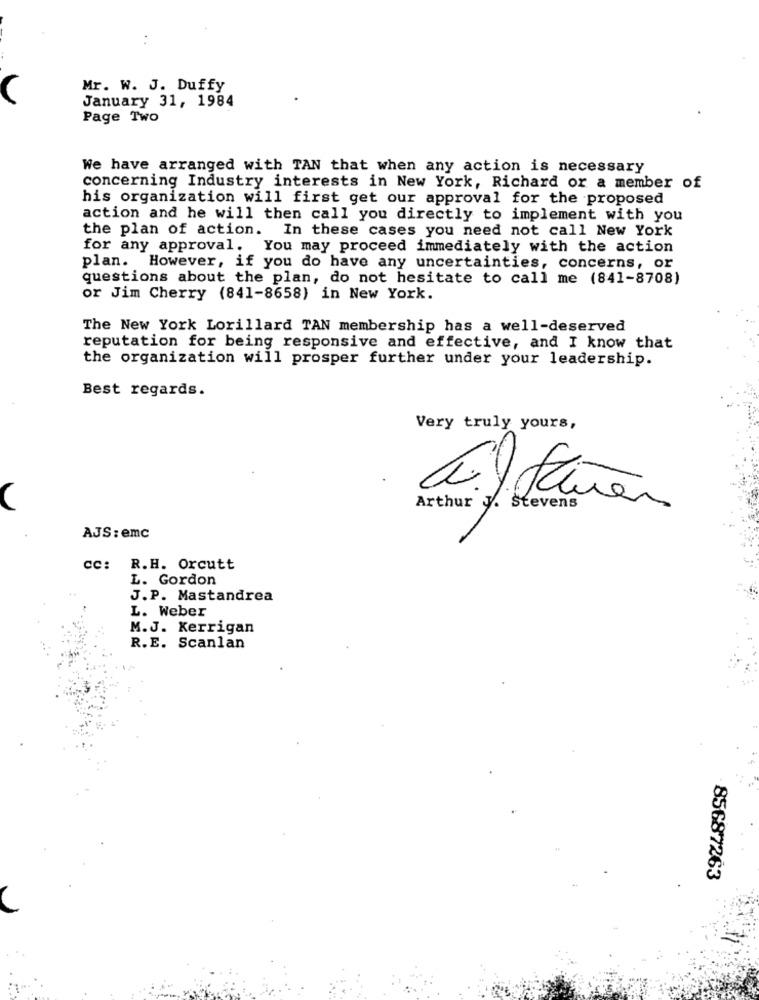
Mr. W. J. Duffy
January 31, 1984
Page Two
We have arranged with TAN that when any action is necessary
concerning Industry interests in New York, Richard or a member of
his organization will first get our approval for the proposed
action and he will then call you directly to implement with you
the plan of action. In these cases you need not call New York
for any approval. You may proceed immediately with the action
plan. However, if you do have any uncertainties, concerns, or
questions about the plan, do not hesitate to call me (841-8708)
or Jim Cherry (841-8658) in New York.
The New York Lorillard TAN membership has a well-deserved
reputation for being responsive and effective, and I know that
the organization will prosper further under your leadership.
Best regards.
Very truly yours,
Arthur J. Stevens
AJS: emc
cc: R.H. Orcutt
L. Gordon
J.P. Mastandrea
L. Weber
M.J. Kerrigan
R.E. Scanlan
85687263